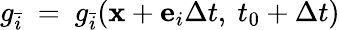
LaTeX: g_{\bar{i}}~=~g_{\bar{i}}(\mathbf{x}+\mathbf{e}_{i}\Delta t,\ t_{0}+\Delta t)